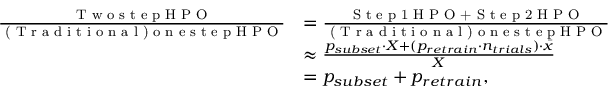
\begin{array} { r l } { \frac { \textup { T w o s t e p H P O } } { \textup { ( T r a d i t i o n a l ) o n e s t e p H P O } } } & { = \frac { \textup { S t e p 1 H P O + S t e p 2 H P O } } { \textup { ( T r a d i t i o n a l ) o n e s t e p H P O } } } \\ & { \approx \frac { p _ { s u b s e t } \cdot X + ( p _ { r e t r a i n } \cdot n _ { t r i a l s } ) \cdot \bar { x } } { X } } \\ & { = p _ { s u b s e t } + p _ { r e t r a i n } , } \end{array}